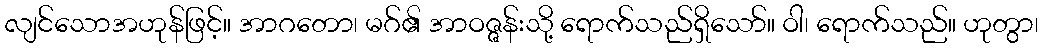
လျင်သောအဟုန်ဖြင့်။ အာဂတော၊ မဂ်၏ အာဝဇ္ဇန်းသို့ ရောက်သည်ရှိသော်။ ဝါ၊ ရောက်သည်။ ဟုတွာ၊